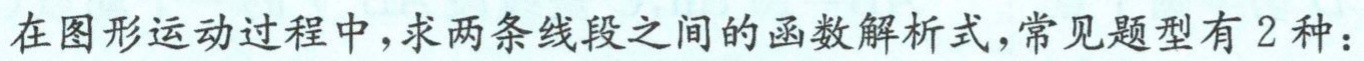
在图形运动过程中，求两条线段之间的函数解析式，常见题型有 2 种：